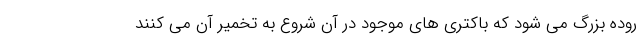
روده بزرگ می شود که باکتری های موجود در آن شروع به تخمیر آن می کنند